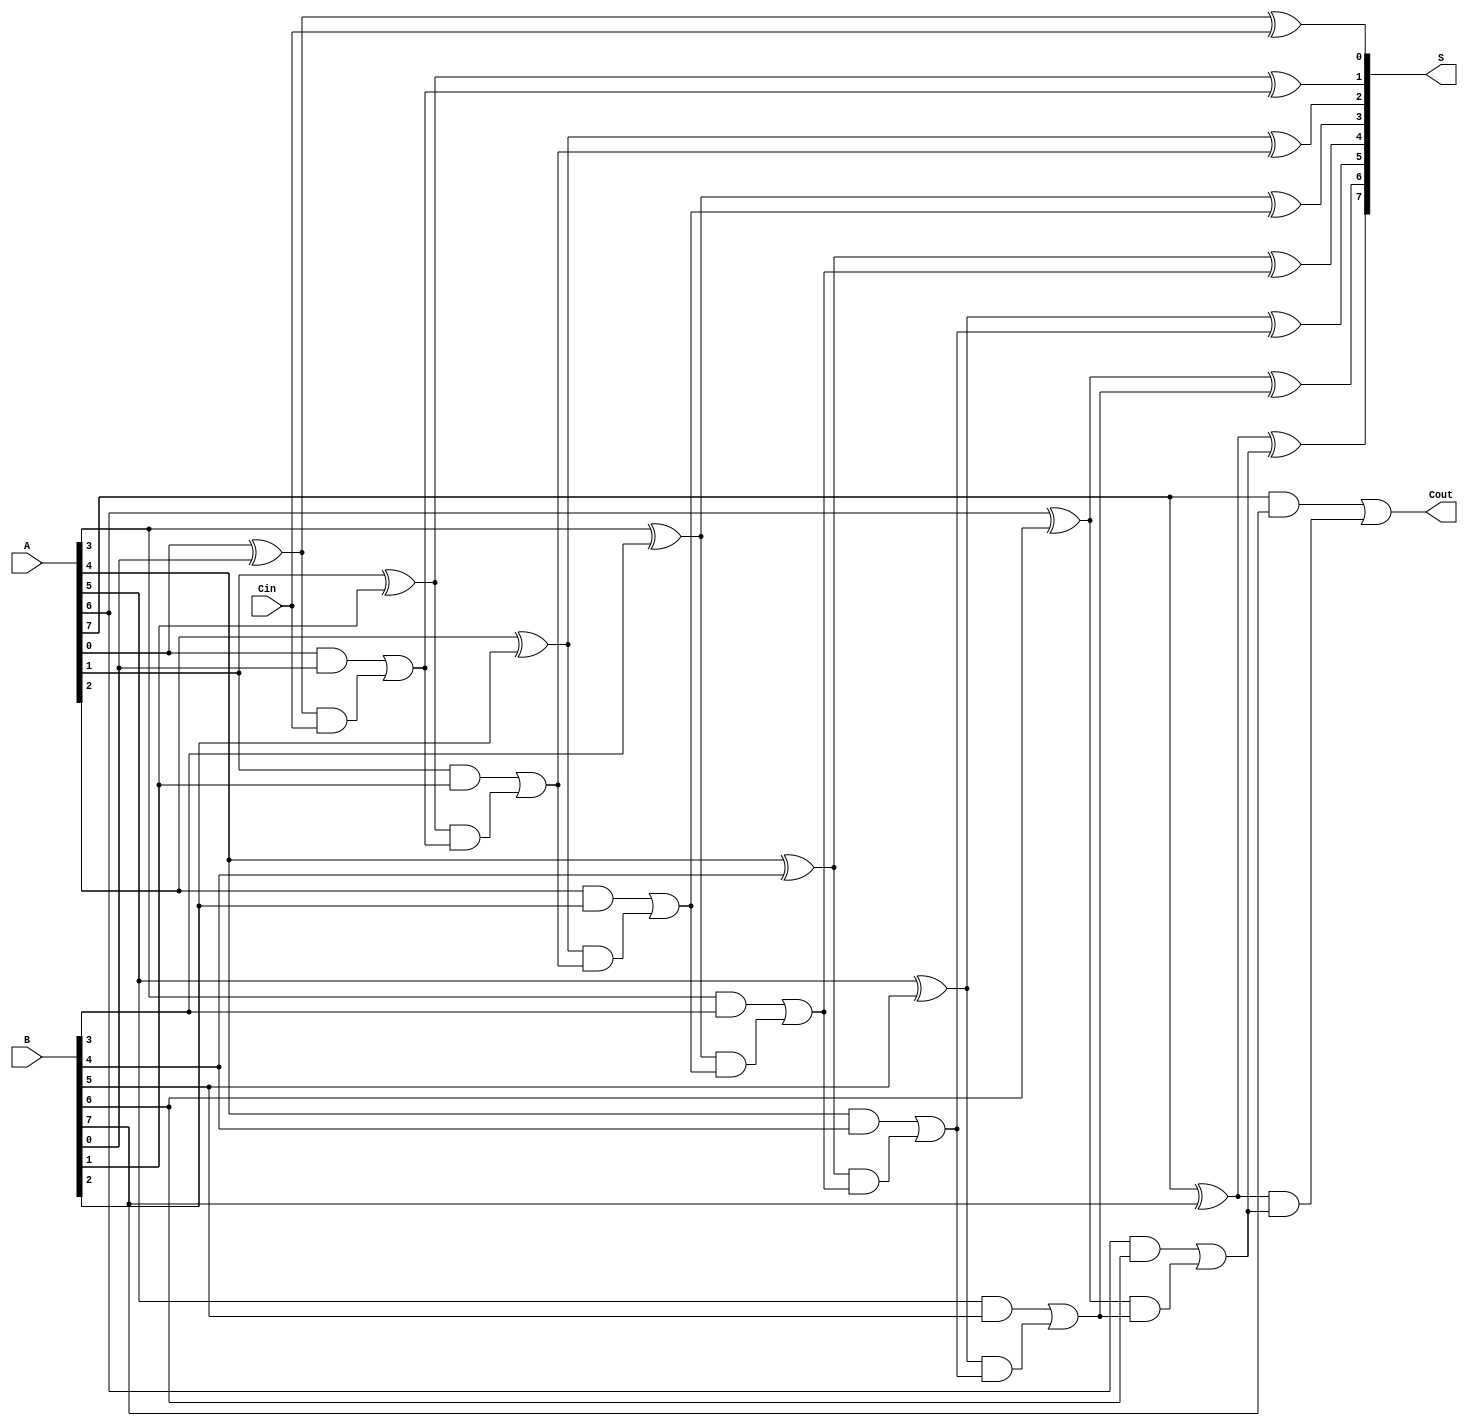
module han_carlson_adder #(parameter N = 8) (
    input  [N-1:0] A,      // First n-bit input
    input  [N-1:0] B,      // Second n-bit input
    input         Cin,      // Carry-in
    output [N-1:0] S,      // n-bit sum output
    output        Cout      // Carry-out
);

    wire [N-1:0] C;        // Carry bits
    wire [N-1:0] P;        // Propagate bits
    wire [N-1:0] G;        // Generate bits

    // Generate and propagate signals
    genvar i;
    generate
        for (i = 0; i < N; i = i + 1) begin : generate_logic
            assign P[i] = A[i] ^ B[i]; // Propagate
            assign G[i] = A[i] & B[i]; // Generate
        end
    endgenerate

    // Carry generation
    assign C[0] = G[0] | (P[0] & Cin); // C0
    generate
        for (i = 1; i < N; i = i + 1) begin : carry_generation
            assign C[i] = G[i] | (P[i] & C[i-1]); // Ci
        end
    endgenerate

    // Sum calculation
    generate
        for (i = 0; i < N; i = i + 1) begin : sum_calculation
            assign S[i] = P[i] ^ (i == 0 ? Cin : C[i-1]); // Si
        end
    endgenerate

    // Carry-out
    assign Cout = C[N-1];

endmodule